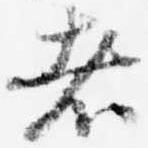
者